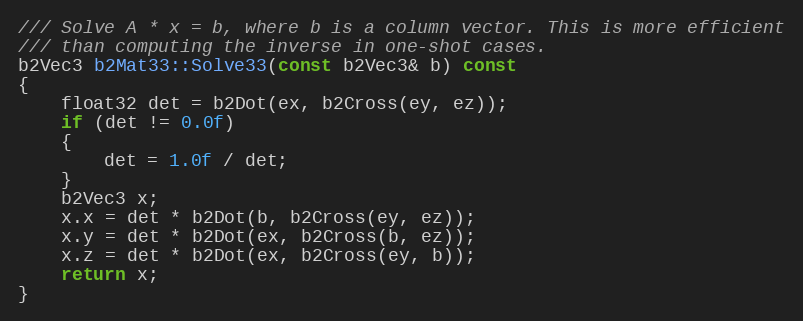
Language: C++
/// Solve A * x = b, where b is a column vector. This is more efficient
/// than computing the inverse in one-shot cases.
b2Vec3 b2Mat33::Solve33(const b2Vec3& b) const
{
	float32 det = b2Dot(ex, b2Cross(ey, ez));
	if (det != 0.0f)
	{
		det = 1.0f / det;
	}
	b2Vec3 x;
	x.x = det * b2Dot(b, b2Cross(ey, ez));
	x.y = det * b2Dot(ex, b2Cross(b, ez));
	x.z = det * b2Dot(ex, b2Cross(ey, b));
	return x;
}